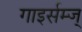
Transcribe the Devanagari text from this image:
गाइर्सम्ज्